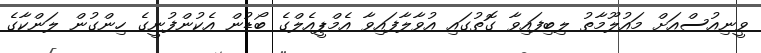
ވީނިއުސްއަށް މައުލޫމާތު ލިބިފައިވާ ގޮތުގައި އުވާލާފައިވާ އެމްޕީއެލްގެ ބޯޑުން އެކުންފުނީގެ ހިންގުން ލަންކާގެ